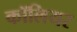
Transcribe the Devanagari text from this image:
कॉलियर